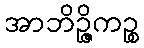
အာဘိဉ္ဇိကဉ္စ